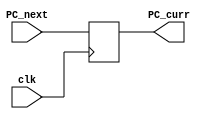
module PC (PC_next, PC_curr, clk);
    parameter width = 32;

    output reg [width-1:0] PC_curr;
    input [width-1:0] PC_next;
    input clk;

    initial begin // initialize PC
        PC_curr = 32'b0;
    end

    always @(negedge clk) begin // get next PC
        PC_curr = PC_next;
    end
endmodule

module instructionMemory (readAddress, instruction);
    parameter width = 32;
    parameter addr_width = 7;
    parameter number = 2**addr_width; // instruction memory with 128x32bit 
    
    output [width-1:0] instruction;
    input [width-1:0] readAddress;

    reg [width-1:0] memory [number-1:0];

    initial begin // initialize instructions from file
        $readmemb("E:/Semesters/FA22/VE370/Labs/Lab4/Lab4_testcase.txt", memory);
    end

    assign instruction = memory[readAddress]; // read instruction
endmodule

module registers (readRegister1, readRegister2, writeRegister, writeData, regWrite, readData1, readData2);
    parameter width = 32;
    parameter addr_width = 5;
    parameter number = 2**addr_width;

    output [width-1:0]      readData1, readData2;
    input  [width-1:0]      writeData;
    input  [addr_width-1:0] readRegister1, readRegister2, writeRegister;
    input                   regWrite;

    reg [width-1:0] memory [number-1:0]; // 32 x registers

    assign readData1 = memory[readRegister1];
    assign readData2 = memory[readRegister2];      
    
    integer i;
    initial begin // initialize registers
        for (i = 0; i < 32; i = i + 1) memory[i] = 32'b0;
    end
    
    always @(*) begin // write value without clock control
        if (regWrite) memory[writeRegister] = writeData;    
    end
endmodule

module immGen (instruction, immediate);
    parameter width = 32;

    output reg [width-1:0] immediate;
    input  [width-1:0] instruction;
    
    always @(instruction) begin
       case (instruction[6:0])
        7'b0000011: // I
            immediate = {{20{instruction[31]}}, instruction[31:20]};
        7'b0001111: // I
            immediate = {{20{instruction[31]}}, instruction[31:20]};
        7'b0010011: // I
            immediate = {{20{instruction[31]}}, instruction[31:20]};
        7'b0010111: // U
            immediate = {{12{instruction[31]}}, instruction[31:12]};
        7'b0100011: // S
            immediate = {{20{instruction[31]}}, instruction[31:25], instruction[11:7]};
        7'b0110111: // U
            immediate = {{12{instruction[31]}}, instruction[31:12]};
        7'b1100011: // B
            immediate = {{20{instruction[31]}}, instruction[31], instruction[7], instruction[30:25], instruction[11:8]};
        7'b1100111: // I
            immediate = {{20{instruction[31]}}, instruction[31:20]};
        7'b1101111: // J
            immediate = {{12{instruction[31]}}, instruction[31], instruction[19:12], instruction[20], instruction[30:21]};
        7'b1110011: // I
            immediate = {{20{instruction[31]}}, instruction[31:20]};
        default: immediate = 'bz;
       endcase 
    end
endmodule

module mux_32b_2to1 (inData0, inData1, outData, ALU_src);
    parameter width = 32;

    output [width-1:0] outData;
    input  [width-1:0] inData0, inData1;
    input              ALU_src;

    assign outData = (ALU_src)? inData1: inData0;
endmodule

module PC_mux_32b_3to1 (inData0, inData1, inData2, outData, ALU_src);
    parameter width = 32;

    output reg [width-1:0] outData;
    input      [width-1:0] inData0, inData1, inData2;
    input       [1:0]       ALU_src;

    always @(*) begin // special mux for PC, with initialize and support jump with an additional data input
        case (ALU_src)
            2'b00: outData = inData0;
            2'b01: outData = inData1;
            2'b10: outData = inData2;
            default: outData = 32'b00000000000000000000000000000001;
        endcase
    end
endmodule

module ALU (inData0, inData1, branchOK, ALU_result, ALU_control);
    parameter width = 32;

    output reg [width-1:0] ALU_result;
    output reg             branchOK;
    input      [width-1:0] inData0, inData1;
    input      [3:0]       ALU_control;

    always @(*) begin
        case (ALU_control)
            4'b0000: begin
                ALU_result = inData0 & inData1;
                branchOK = 'b0;
            end
            4'b0001: begin
                ALU_result = inData0 | inData1;
                branchOK = 'b0;
            end
            4'b0010: begin
                ALU_result = inData0 + inData1;
                branchOK = 'b1;
            end
            4'b0110: begin // branch for beq
                ALU_result = inData0 - inData1;
                if (ALU_result==32'b0) branchOK = 'b1;
                else branchOK = 'b0;
            end
            4'b0111: begin // branch for bne
                ALU_result = inData0 - inData1;
                if (ALU_result==32'b0) branchOK = 'b0;
                else branchOK = 'b1;
            end
            4'b1000: begin // branch for blt
                ALU_result = inData0 - inData1;
                if (ALU_result[31]=='b1) branchOK = 'b1;
                else branchOK = 'b0;
            end
            4'b1001: begin // branch for bge
                ALU_result = inData0 - inData1;
                if (ALU_result[31]=='b0) branchOK = 'b1;
                else branchOK = 'b0;
            end
            4'b1110: begin // sl
                ALU_result = inData0 << inData1;
                branchOK = 'b0;
            end
            4'b1101: begin // sr
                ALU_result = inData0 >> inData1;
                branchOK = 'b0;
            end
            4'b1111: begin // sra
                ALU_result = $signed($signed(inData0) >>> inData1);
                branchOK = 'b0;
            end
            default: begin
                ALU_result = 'bz;
                branchOK = 'bz;
            end
        endcase
    end
endmodule

module dataMemory (address, writeData, readData, memWrite, memRead);
    parameter width = 32;
    parameter addr_width = 7;
    parameter number = 2**addr_width;

    output [width-1:0] readData;
    input [width-1:0] address;
    input [width-1:0] writeData;
    input [1:0] memWrite;
    input [1:0] memRead;

    reg [width-1:0] readData;
    reg [(width/4)-1:0] memory [number-1:0];
    // ==zyl==
    // memory: 32bit 32rows
    // memory: 8*128 =-8*4 * 32

    always @(*) begin
        // ==zyl==
        // little Endian
        //  data 
        if (memWrite==2'b01) begin // sw
            memory[address]   = writeData[ 7: 0];
            memory[address+1] = writeData[15: 8];
            memory[address+2] = writeData[23:16];
            memory[address+3] = writeData[31:24];
        end
        else if (memWrite==2'b10) begin // sb
            memory[address]   = writeData[ 7: 0];
        end
        case (memRead)
            2'b01: begin // lw
                readData[ 7: 0] = memory[address];
                readData[15: 8] = memory[address+1];
                readData[23:16] = memory[address+2];
                readData[31:24] = memory[address+3];
            end
            2'b10: begin // lb
                readData[7:0] = memory[address];
                readData[31:8] = (readData[7] == 1'b1)? 24'hffffff : 24'h000000;
            end
            2'b11: begin // lbu
                readData[7:0] = memory[address];
                readData[31:8] = 24'h000000;
            end
            default: readData = 'bz;
        endcase
    end
endmodule

module add (inData0, inData1, sum);
    parameter width = 32;

    output [width-1:0] sum;
    input [width-1:0] inData0, inData1;

    assign sum = inData0 + inData1;
endmodule

module shiftRight1 (inData, outData);
    parameter width = 32;

    output [width-1:0] outData;
    input [width-1:0] inData;

    reg [width-1:0] outData;

    always @(inData) begin
        outData = inData/2;
    end
endmodule

module branchControl (branch, branchOK, branchOp);
    input branchOK;
    input branch;
    output reg branchOp;

    initial branchOp = 'b0;

    always @(*) begin
        if (branch && branchOK) branchOp = 'b1;
        else branchOp = 'b0;
    end
endmodule

module ALU_ct (instruction, ALU_control, ALU_op);
    output reg [3:0] ALU_control;
    input      [3:0] instruction;
    input      [1:0] ALU_op;

    always @(*) begin
        case (ALU_op)
            2'b00:
                ALU_control = 4'b0010;
            2'b01:
                case (instruction[2:0])
                    3'b000: ALU_control = 4'b0110;
                    3'b001: ALU_control = 4'b0111;
                    3'b100: ALU_control = 4'b1000;
                    3'b101: ALU_control = 4'b1001;
                    default: ALU_control = 'bz;
                endcase
            2'b10:
                case (instruction[2:0])
                    3'b000: 
                        if (instruction[3]) ALU_control = 4'b0110;
                        else ALU_control = 4'b0010;
                    3'b001:
                        ALU_control = 4'b1110;
                    3'b101:
                        if (instruction[3]) ALU_control = 4'b1111;
                        else ALU_control = 4'b1101;
                    3'b111:
                        ALU_control = 4'b0000;
                    3'b110:
                        ALU_control = 4'b0001;
                    3'b010:
                        ALU_control = 4'b0010;
                    default: ALU_control = 'bz;
                endcase
            2'b11:
                case (instruction[2:0])
                    3'b000:
                        ALU_control = 4'b0010;
                    3'b001:
                        ALU_control = 4'b1110;
                    3'b101:
                        if (instruction[3]) ALU_control = 4'b1111;
                        else ALU_control = 4'b1101;
                    3'b111:
                        ALU_control = 4'b0000;
                    default: ALU_control = 'bz;
                endcase
            default: ALU_control = 'bz; 
        endcase
    end
endmodule

module control (branch, memRead, memToReg, ALU_op, memWrite, ALU_src, regWrite, jump, instruction);
    parameter width = 32;

    output reg branch, memToReg, ALU_src, regWrite, jump;
    output reg [1:0] ALU_op, memRead, memWrite;
    input [width-1:0] instruction;
    
    always @(instruction) begin
        case (instruction[6:0])
            7'b0110011: begin // R-type
                jump = 'b0;
                branch = 'b0;
                memRead = 2'b00;
                memToReg = 'b0;
                ALU_op = 2'b10;
                memWrite = 2'b00;
                ALU_src = 'b0;
                regWrite = 'b1;
                end
            7'b0010011: begin // I-type
                jump = 'b0;
                branch = 'b0;
                memRead = 2'b00;
                memToReg = 'b0;
                ALU_op = 2'b11;
                memWrite = 2'b00;
                ALU_src = 'b1;
                regWrite = 'b1;
                end
            7'b0000011: begin // load
                case (instruction[14:12])
                    3'b000: memRead = 2'b10; // lb
                    3'b010: memRead = 2'b01; // lw
                    3'b100: memRead = 2'b11; // lbu
                    default: memRead = 'bz; 
                endcase
                jump = 'b0;
                branch = 'b0;
                memToReg = 'b1;
                ALU_op = 2'b00;
                memWrite = 2'b00;
                ALU_src = 'b1;
                regWrite = 'b1;
                end
            7'b0100011: begin // store
                case (instruction[14:12])
                    3'b000: memWrite = 2'b10; // sb
                    3'b010: memWrite = 2'b01; // sw
                    default: memWrite = 'bz; 
                endcase
                jump = 'b0;
                branch = 'b0;
                memRead = 2'b00;
                memToReg = 'b0;
                ALU_op = 2'b00;
                ALU_src = 'b1;
                regWrite = 'b0;
                end
            7'b1100011: begin // B-type
                jump = 'b0;
                branch = 'b1;
                memRead = 2'b00;
                memToReg = 'b0;
                ALU_op = 2'b01;
                memWrite = 2'b00;
                ALU_src = 'b0;
                regWrite = 'b0;
                end
            7'b1100111: begin // jalr
                jump = 'b1;
                branch = 'b0;
                memRead = 2'b00;
                memToReg = 'b0;
                ALU_op = 2'b00;
                memWrite = 2'b00;
                ALU_src = 'b1;
                regWrite = 'b0;
                end
            7'b1101111: begin // J-type
                jump = 'b0;
                branch = 'b1;
                memRead = 2'b00;
                memToReg = 'b0;
                ALU_op = 2'b00;
                memWrite = 2'b00;
                ALU_src = 'b0;
                regWrite = 'b1;
                end
            default: begin
                jump = 'bz;
                branch = 'bz;
                memRead = 'bz;
                memToReg = 'bz;
                ALU_op = 'bz;
                memWrite = 'bz;
                ALU_src = 'bz;
                regWrite = 'bz;
                end 
        endcase
    end
endmodule

module IF_ID (IF_PC_add_4, IF_PC, IF_instruction, clk, ID_PC_add_4, ID_PC, ID_instruction);
    parameter width = 32;

    input clk;
    input [width-1:0] IF_PC_add_4, IF_PC, IF_instruction;
    output reg [width-1:0] ID_PC_add_4, ID_PC, ID_instruction;

    always @(posedge clk) begin
        ID_PC_add_4 = IF_PC_add_4;
        ID_PC = IF_PC;
        ID_instruction = IF_instruction;
    end
endmodule

module ID_EX (
    input [1:0] ID_WB, 
    input [5:0] ID_M, 
    input [2:0] ID_EX, 
    input [31:0] ID_PC_add_4, ID_PC, ID_readData1, ID_readData2, ID_immediate, 
    input [3:0] ID_ALU_control, 
    input [4:0] ID_writeRegister,
    input clk, 
    output reg[1:0] EX_WB, 
    output reg [5:0] EX_M, 
    output reg [2:0] EX_EX, 
    output reg [31:0] EX_PC_add_4, EX_PC, EX_readData1, EX_readData2, EX_immediate, 
    output reg [3:0] EX_ALU_control, 
    output reg [4:0] EX_writeRegister);
    parameter width = 32;

    always @(posedge clk) begin
        EX_WB =ID_WB;
        EX_M = ID_M;
        EX_EX = ID_EX;
        EX_PC_add_4 = ID_PC_add_4;
        EX_PC = ID_PC;
        EX_readData1 = ID_readData1;
        EX_readData2 = ID_readData2;
        EX_immediate = ID_immediate;
        EX_ALU_control = ID_ALU_control;
        EX_writeRegister = ID_writeRegister;
    end
endmodule

module EX_MEM (
    input [1:0] EX_WB, 
    input [5:0] EX_M, 
    input [31:0] EX_PC_branch, EX_ALU_result, EX_readData2, 
    input EX_branchOK,
    input [4:0] EX_writeRegister,
    input clk, 
    output reg[1:0] MEM_WB, 
    output reg [5:0] MEM_M, 
    output reg [31:0] MEM_PC_branch, MEM_ALU_result, MEM_readData2, 
    output reg MEM_branchOK, 
    output reg [4:0] MEM_writeRegister);
    parameter width = 32;

    always @(posedge clk) begin
        MEM_WB = EX_WB;
        MEM_M = EX_M;
        MEM_PC_branch = EX_PC_branch;
        MEM_ALU_result = EX_ALU_result;
        MEM_readData2 = EX_readData2;
        MEM_branchOK = EX_branchOK;
        MEM_writeRegister = EX_writeRegister;
    end
endmodule

module MEM_WB (
    input [1:0] MEM_WB, 
    input [31:0] MEM_readData, MEM_ALU_result, 
    input [4:0] MEM_writeRegister, 
    input clk, 
    output reg[1:0] WB_WB, 
    output reg [31:0] WB_readData, WB_ALU_result,
    output reg [4:0] WB_writeRegister);
    parameter width = 32;

    always @(posedge clk) begin
        WB_WB = MEM_WB;
        WB_readData = MEM_readData;
        WB_ALU_result = MEM_ALU_result;
        WB_writeRegister = MEM_writeRegister;
    end
endmodule

module top (clk);
    parameter width = 32;
    parameter addr_width = 5;
    
    input clk;
    
    wire [width-1:0] IF_PC_add_4, PC_next;

    wire [width-1:0] IF_PC, IF_instruction;

    wire [width-1:0] ID_PC_add_4, ID_PC, ID_instruction, ID_immediate, ID_readData1, ID_readData2;
    wire [3:0] ID_ALU_control_input;
    wire [4:0] ID_writeRegister;
    wire [1:0] ID_ALU_op, ID_memRead, ID_memWrite;

    wire [width-1:0] EX_PC_add_4, EX_PC, EX_immediate, EX_readData1, EX_readData2, EX_ALU_input2, EX_branch_immediate, EX_PC_branch, EX_ALU_result, EX_writeData;
    wire [3:0] EX_ALU_control_input;
    wire [4:0] EX_writeRegister;
    wire [3:0] EX_ALU_control;
    wire [1:0] EX_ALU_op, EX_memRead, EX_memWrite;

    wire [width-1:0] MEM_readData2, MEM_PC_branch, MEM_ALU_result, MEM_readData;
    wire [4:0] MEM_writeRegister;
    wire [1:0] MEM_memRead, MEM_memWrite;

    wire [width-1:0] WB_ALU_result, WB_readData, WB_writeData;
    wire [4:0] WB_writeRegister;

    PC pc (PC_next, IF_PC, clk);
    instructionMemory im (IF_PC, IF_instruction);
    add add_4 (IF_PC, 1, IF_PC_add_4);
    PC_mux_32b_3to1 mux_pc (IF_PC_add_4, MEM_PC_branch, MEM_ALU_result, PC_next, {MEM_jump, Branch_Src});

    IF_ID if_id (IF_PC_add_4, IF_PC, IF_instruction, clk, ID_PC_add_4, ID_PC, ID_instruction);

    registers r (ID_instruction[19:15], ID_instruction[24:20], WB_writeRegister, WB_writeData, WB_regWrite, ID_readData1, ID_readData2);
    immGen ig (ID_instruction, ID_immediate);
    control c (ID_branch, ID_memRead, ID_memToReg, ID_ALU_op, ID_memWrite, ID_ALU_src, ID_regWrite, ID_jump, ID_instruction);
    assign ID_ALU_control_input = {ID_instruction[30], ID_instruction[14:12]};
    assign ID_writeRegister = ID_instruction[11:7];

    ID_EX id_ex ({ID_regWrite, ID_memToReg}, {ID_jump, ID_branch, ID_memRead, ID_memWrite}, {ID_ALU_op, ID_ALU_src}, ID_PC_add_4, ID_PC, ID_readData1, ID_readData2, ID_immediate, ID_ALU_control_input, ID_writeRegister, clk, {EX_regWrite, EX_memToReg}, {EX_jump, EX_branch, EX_memRead, EX_memWrite}, {EX_ALU_op, EX_ALU_src}, EX_PC_add_4, EX_PC, EX_readData1, EX_readData2, EX_immediate, EX_ALU_control_input, EX_writeRegister);

    mux_32b_2to1 mux_ALU (EX_readData2, EX_immediate, EX_ALU_input2, EX_ALU_src);
    ALU alu (EX_readData1, EX_ALU_input2, EX_branchOK, EX_ALU_result, EX_ALU_control);
    ALU_ct alu_ct (EX_ALU_control_input, EX_ALU_control, EX_ALU_op);
    mux_32b_2to1 mux_wd (EX_ALU_result, EX_PC_add_4, EX_writeData, EX_branch);
    shiftRight1 SL (EX_immediate, EX_branch_immediate);
    add add_immediate (EX_PC, EX_branch_immediate, EX_PC_branch);

    EX_MEM ex_mem ({EX_regWrite, EX_memToReg}, {EX_jump, EX_branch, EX_memRead, EX_memWrite}, EX_PC_branch, EX_writeData, EX_readData2, EX_branchOK, EX_writeRegister, clk, {MEM_regWrite, MEM_memToReg}, {MEM_jump, MEM_branch, MEM_memRead, MEM_memWrite}, MEM_PC_branch, MEM_ALU_result, MEM_readData2, MEM_branchOK, MEM_writeRegister);

    dataMemory dm (MEM_ALU_result, MEM_readData2, MEM_readData, MEM_memWrite, MEM_memRead);
    branchControl bc (MEM_branch, MEM_branchOK, Branch_Src);

    MEM_WB mem_wb ({MEM_regWrite, MEM_memToReg}, MEM_readData, MEM_ALU_result, MEM_writeRegister, clk, {WB_regWrite, WB_memToReg}, WB_readData, WB_ALU_result, WB_writeRegister);
    
    mux_32b_2to1 mux_reg (WB_ALU_result, WB_readData, WB_writeData, WB_memToReg);
endmodule